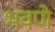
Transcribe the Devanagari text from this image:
भवणे